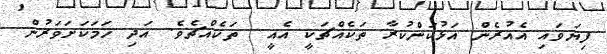
ފިޔަވައި އެއުރެން އަޅުކަންކުރާ ތަކެއްޗަކީ އެއީ  ތަކެއްޗެވެ. އަދި ހަމަކަށަވަރުން